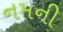
નમની